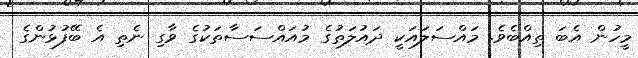
މީހުން އެބަ ތިއްބެވެ. މައްސަލައަކީ ދައުލަތުގެ މުއައްސަސާތަކުގެ ވާގި ނެތި އެ ބޭފުޅުންގެ